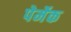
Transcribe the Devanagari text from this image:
पेर्मेक